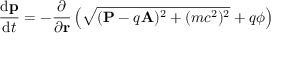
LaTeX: { \frac { \mathrm { d } \mathbf { p } } { \mathrm { d } t } } = - { \frac { \partial } { \partial \mathbf { r } } } \left( { \sqrt { ( \mathbf { P } - q \mathbf { A } ) ^ { 2 } + ( m c ^ { 2 } ) ^ { 2 } } } + q \phi \right) \,